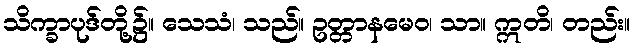
သိက္ခာပုဒ်တို့၌။ သေသံ၊ သည်။ ဥတ္တာနမေဝ၊ သာ။ ဣတိ၊ တည်း။